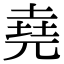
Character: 堯